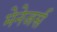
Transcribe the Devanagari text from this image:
मेनेजर्स